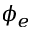
\phi _ { e }